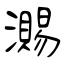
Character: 瀃